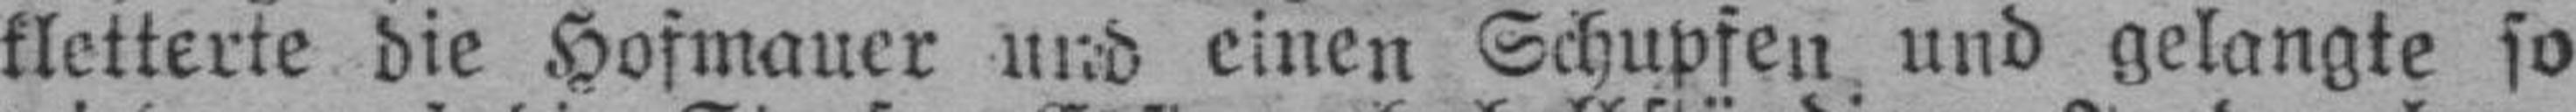
kletterte die Hofmauer und einen Schupfen und gelangte so